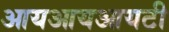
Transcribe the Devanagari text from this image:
आयआयआयटी